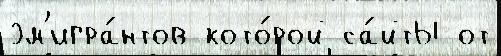
эм'игра́нтов кото́рой са́йты от